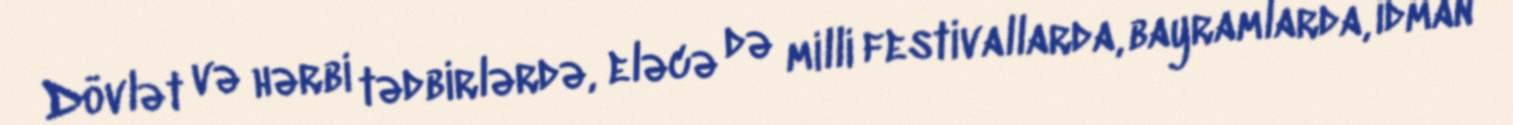
Dövlət və hərbi tədbirlərdə, eləcə də milli festivallarda, bayramlarda, idman